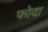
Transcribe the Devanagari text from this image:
फोदा